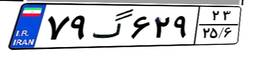
۷۹گ۶۲۹۲۳